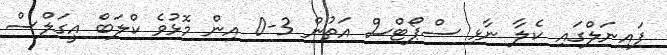
ފައިނަލްގައި ކެލާ ނާޅި ސްޕޯޓްސް އަތުން 3-0 އިން މޮޅުވެ ކްލަބް އީގަލްސް